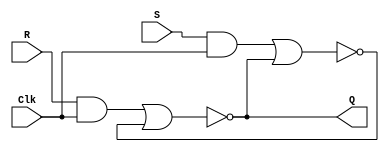
//
// ============================================================
// Laboratory: 	Lab 3 - Part 1 - Digital Logic
// Description:	Explore the SR Latch at the gate level. Preserve 
//				internal signals (qa,qb,r_g,s_g) as separate logic 
//				elements so that they may be explored/understood.
// By:			K. Walsh
//

// ============================================================
//
//
//
// Top Level Module
module part1 (
	input R,Clk,S,
	output Q);
	//
	//R 	= reset
	//S 	= set
	//Clk = clock signal
	//Q 	= output value
	
	
	wire R_g,S_g,Qa,Qb/*synthesis keep*/;
	//R_g	= internal reset
	//S_g	= internal set
	//Qa	= output
	//Qb	= output compliment
	
	// Note, "synthesis keep" is a Quartus "compiler directive" that will preserve 
	// the interal wiring. Despite being commented out, the compiler will
	// still recognize this and apply it.
	
	assign R_g = R & Clk;
	assign S_g = S & Clk;
	assign Qa = ~(R_g | Qb);
	assign Qb = ~(S_g | Qa);
	
	assign Q = Qa;
	
endmodule